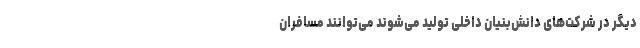
دیگر در شرکت‌های دانش‌بنیان داخلی تولید می‌شوند می‌توانند مسافران